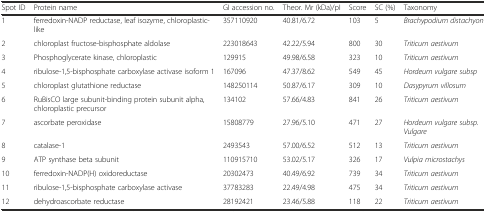
<table><thead><tr><td><b>Spot ID</b></td><td><b>Protein name</b></td><td><b>GI accession no.</b></td><td><b>Theor. Mr (kDa)/pI</b></td><td><b>Score</b></td><td><b>SC (%)</b></td><td><b>Taxonomy</b></td></tr></thead><tbody><tr><td>1</td><td>ferredoxin-NADP reductase, leaf isozyme, chloroplastic-like</td><td>357110920</td><td>40.81/6.72</td><td>103</td><td>5</td><td><i>Brachypodium distachyon</i></td></tr><tr><td>2</td><td>chloroplast fructose-bisphosphate aldolase</td><td>223018643</td><td>42.22/5.94</td><td>800</td><td>30</td><td><i>Triticum aestivum</i></td></tr><tr><td>3</td><td>Phosphoglycerate kinase, chloroplastic</td><td>129915</td><td>49.98/6.58</td><td>323</td><td>10</td><td><i>Triticum aestivum</i></td></tr><tr><td>4</td><td>ribulose-1,5-bisphosphate carboxylase activase isoform 1</td><td>167096</td><td>47.37/8.62</td><td>549</td><td>45</td><td><i>Hordeum vulgare subsp</i></td></tr><tr><td>5</td><td>chloroplast glutathione reductase</td><td>148250114</td><td>50.87/6.17</td><td>309</td><td>10</td><td><i>Dasypyrum villosum</i></td></tr><tr><td>6</td><td>RuBisCO large subunit-binding protein subunit alpha, chloroplastic precursor</td><td>134102</td><td>57.66/4.83</td><td>841</td><td>26</td><td><i>Triticum aestivum</i></td></tr><tr><td>7</td><td>ascorbate peroxidase</td><td>15808779</td><td>27.96/5.10</td><td>471</td><td>27</td><td><i>Hordeum vulgare subsp. Vulgare</i></td></tr><tr><td>8</td><td>catalase-1</td><td>2493543</td><td>57.00/6.52</td><td>512</td><td>13</td><td><i>Triticum aestivum</i></td></tr><tr><td>9</td><td>ATP synthase beta subunit</td><td>110915710</td><td>53.02/5.17</td><td>326</td><td>17</td><td><i>Vulpia microstachys</i></td></tr><tr><td>10</td><td>ferredoxin-NADP(H) oxidoreductase</td><td>20302473</td><td>40.49/6.92</td><td>739</td><td>34</td><td><i>Triticum aestivum</i></td></tr><tr><td>11</td><td>ribulose-1,5-bisphosphate carboxylase activase</td><td>37783283</td><td>22.49/4.98</td><td>475</td><td>34</td><td><i>Triticum aestivum</i></td></tr><tr><td>12</td><td>dehydroascorbate reductase</td><td>28192421</td><td>23.46/5.88</td><td>118</td><td>22</td><td><i>Triticum aestivum</i></td></tr></tbody></table>